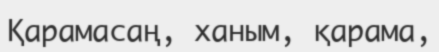
Қарамасаң, ханым, қарама,